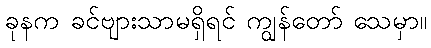
ခုနက ခင်ဗျားသာမရှိရင် ကျွန်တော် သေမှာ။